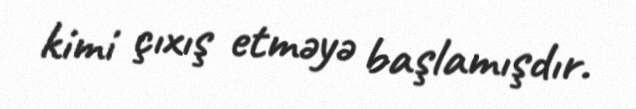
kimi çıxış etməyə başlamışdır.